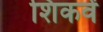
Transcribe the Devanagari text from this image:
शिकवें